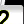
Digit: 2